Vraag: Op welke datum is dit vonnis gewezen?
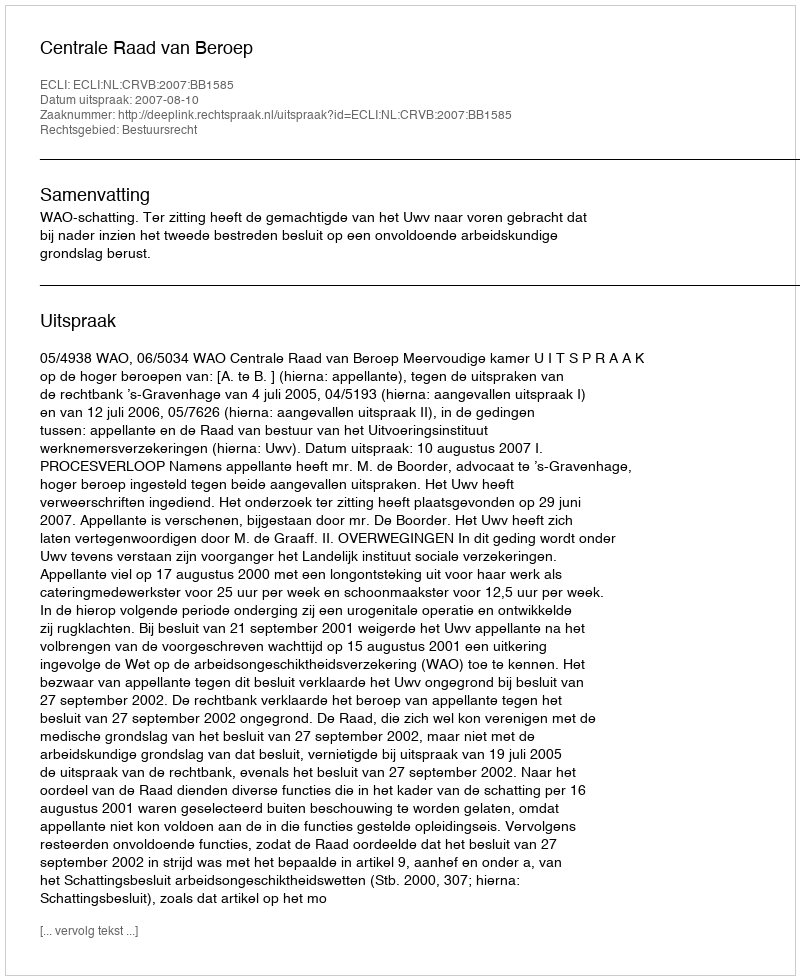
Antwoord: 2007-08-10